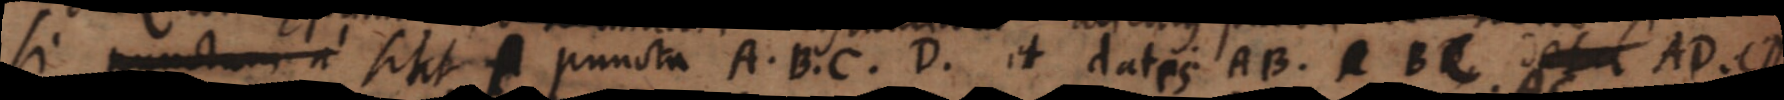
si punctum a sint puncta A, B, C, D et datis AB, BD detur AD, CD